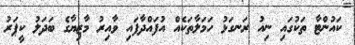
ކައުންޓާ ތަކުގައި ނިއު ރަނގަޅު ހަމަލާތަކެއް އުފައްދާފައި ވާއިރު މާޒިޔާގެ ބަދަލު ކީޕަރު